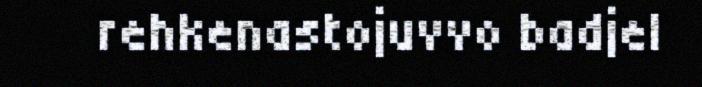
rehkenastojuvvo badjel